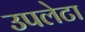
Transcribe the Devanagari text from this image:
उपलेटा